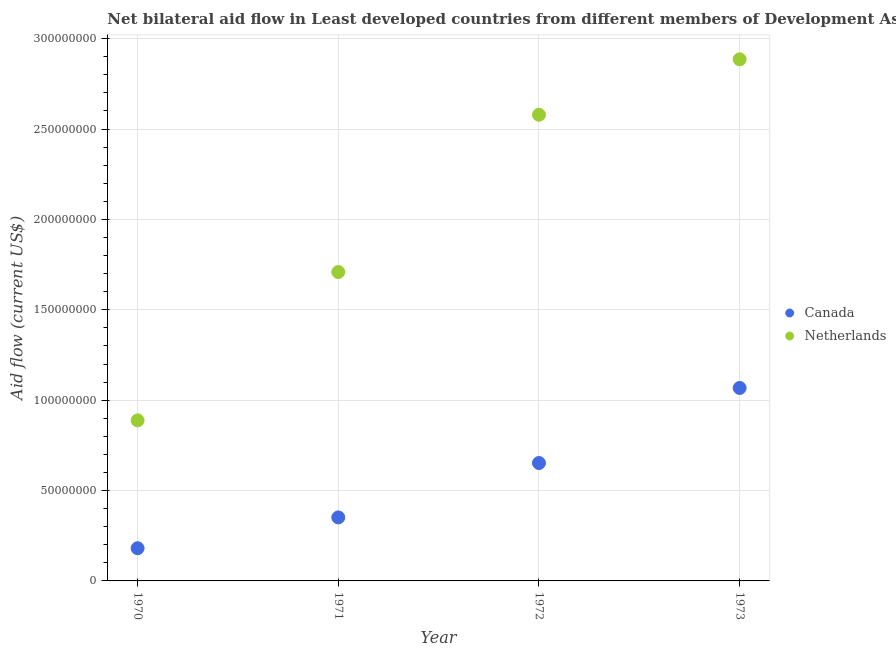
| Year | Canada | Netherlands |
 | --- | --- | --- |
 | 1970 | 1.81e+07 | 8.88e+07 |
 | 1971 | 3.51e+07 | 1.71e+08 |
 | 1972 | 6.52e+07 | 2.58e+08 |
 | 1973 | 1.07e+08 | 2.89e+08 |